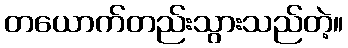
တယောက်တည်းသွားသည်တဲ့။